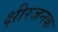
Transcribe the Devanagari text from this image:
क्षीरजनक